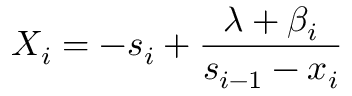
X _ { i } = - s _ { i } + \frac { \lambda + \beta _ { i } } { s _ { i - 1 } - x _ { i } } \,